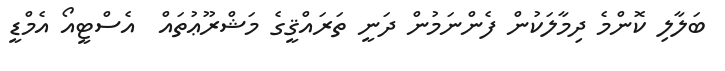
ބަލާލި ކޮންމެ ދިމާލަކުން ފެންނަމުން ދަނީ ތަރައްޤީގެ މަޝްރޫޢުތައް  އެސްޓީއޯ އެމްޑީ